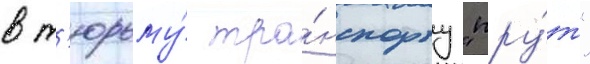
в т'юрьму́ тра́нспорту "пру́т"